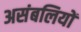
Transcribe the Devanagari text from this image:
असंबलियों